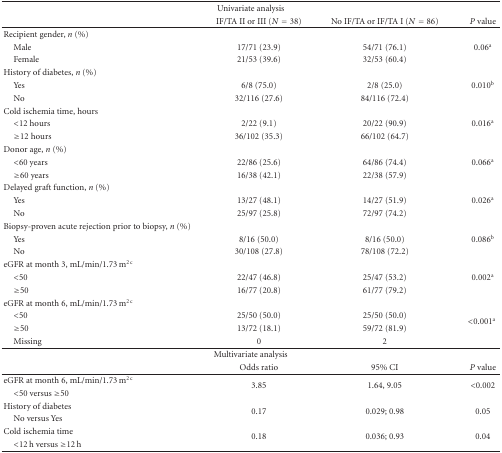
<table><thead><tr><td colspan="4"><b>Univariate analysis</b></td></tr><tr><td>[EMPTY_CELL]</td><td><b>IF/TA II or III (<i>N</i> = 38)</b></td><td><b>No IF/TA or IF/TA I (<i>N</i> = 86)</b></td><td><b><i>P</i> value</b></td></tr></thead><tbody><tr><td>Recipient gender, <i>n</i> (%)</td><td>[EMPTY_CELL]</td><td>[EMPTY_CELL]</td><td>[EMPTY_CELL]</td></tr><tr><td> Male</td><td>17/71 (23.9)</td><td>54/71 (76.1)</td><td>0.06<sup>a</sup></td></tr><tr><td> Female</td><td>21/53 (39.6)</td><td>32/53 (60.4)</td><td>[EMPTY_CELL]</td></tr><tr><td>History of diabetes, <i>n</i> (%)</td><td>[EMPTY_CELL]</td><td>[EMPTY_CELL]</td><td>[EMPTY_CELL]</td></tr><tr><td> Yes</td><td>6/8 (75.0)</td><td>2/8 (25.0)</td><td>0.010<sup>b</sup></td></tr><tr><td> No</td><td>32/116 (27.6)</td><td>84/116 (72.4)</td><td>[EMPTY_CELL]</td></tr><tr><td>Cold ischemia time, hours</td><td>[EMPTY_CELL]</td><td>[EMPTY_CELL]</td><td>[EMPTY_CELL]</td></tr><tr><td> &lt;12 hours</td><td>2/22 (9.1)</td><td>20/22 (90.9)</td><td>0.016<sup>a</sup></td></tr><tr><td> ≥12 hours</td><td>36/102 (35.3)</td><td>66/102 (64.7)</td><td>[EMPTY_CELL]</td></tr><tr><td>Donor age, <i>n</i> (%)</td><td>[EMPTY_CELL]</td><td>[EMPTY_CELL]</td><td>[EMPTY_CELL]</td></tr><tr><td> &lt;60 years</td><td>22/86 (25.6)</td><td>64/86 (74.4)</td><td>0.066<sup>a</sup></td></tr><tr><td> ≥60 years</td><td>16/38 (42.1)</td><td>22/38 (57.9)</td><td>[EMPTY_CELL]</td></tr><tr><td>Delayed graft function, <i>n</i> (%)</td><td>[EMPTY_CELL]</td><td>[EMPTY_CELL]</td><td>[EMPTY_CELL]</td></tr><tr><td> Yes</td><td>13/27 (48.1)</td><td>14/27 (51.9)</td><td>0.026<sup>a</sup></td></tr><tr><td> No</td><td>25/97 (25.8)</td><td>72/97 (74.2)</td><td>[EMPTY_CELL]</td></tr><tr><td>Biopsy-proven acute rejection prior to biopsy, <i>n</i> (%)</td><td>[EMPTY_CELL]</td><td>[EMPTY_CELL]</td><td>[EMPTY_CELL]</td></tr><tr><td> Yes</td><td>8/16 (50.0)</td><td>8/16 (50.0)</td><td>0.086<sup>b</sup></td></tr><tr><td> No</td><td>30/108 (27.8)</td><td>78/108 (72.2)</td><td>[EMPTY_CELL]</td></tr><tr><td>eGFR at month 3, mL/min/1.73 m<sup>2 c</sup></td><td>[EMPTY_CELL]</td><td>[EMPTY_CELL]</td><td>[EMPTY_CELL]</td></tr><tr><td> &lt;50</td><td>22/47 (46.8)</td><td>25/47 (53.2)</td><td>0.002<sup>a</sup></td></tr><tr><td> ≥50</td><td>16/77 (20.8)</td><td>61/77 (79.2)</td><td>[EMPTY_CELL]</td></tr><tr><td>eGFR at month 6, mL/min/1.73 m<sup>2 c</sup></td><td>[EMPTY_CELL]</td><td>[EMPTY_CELL]</td><td>[EMPTY_CELL]</td></tr><tr><td> &lt;50</td><td>25/50 (50.0)</td><td>25/50 (50.0)</td><td rowspan="2">&lt;0.001<sup>a</sup></td></tr><tr><td> ≥50</td><td>13/72 (18.1)</td><td>59/72 (81.9)</td></tr><tr><td> Missing</td><td>0</td><td>2</td><td>[EMPTY_CELL]</td></tr><tr><td colspan="4">Multivariate analysis</td></tr><tr><td>[EMPTY_CELL]</td><td>Odds ratio</td><td>95% CI</td><td><i>P</i> value </td></tr><tr><td>eGFR at month 6, mL/min/1.73 m<sup>2 c</sup></td><td rowspan="2">3.85</td><td rowspan="2">1.64, 9.05</td><td rowspan="2">&lt;0.002</td></tr><tr><td> &lt;50 versus ≥50</td></tr><tr><td>History of diabetes</td><td rowspan="2">0.17</td><td rowspan="2">0.029; 0.98</td><td rowspan="2">0.05</td></tr><tr><td> No versus Yes</td></tr><tr><td>Cold ischemia time</td><td rowspan="2">0.18</td><td rowspan="2">0.036; 0.93</td><td rowspan="2">0.04</td></tr><tr><td> &lt;12 h versus ≥12 h</td></tr></tbody></table>